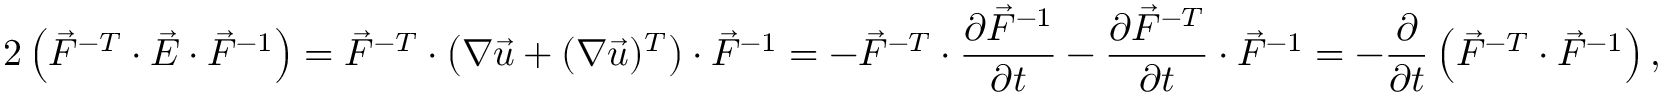
2 \left( \vec { F } ^ { - T } \cdot \vec { E } \cdot \vec { F } ^ { - 1 } \right) = \vec { F } ^ { - T } \cdot \left( \boldsymbol { \nabla } \vec { u } + ( \boldsymbol { \nabla } \vec { u } ) ^ { T } \right) \cdot \vec { F } ^ { - 1 } = - \vec { F } ^ { - T } \cdot \frac { \partial \vec { F } ^ { - 1 } } { \partial t } - \frac { \partial \vec { F } ^ { - T } } { \partial t } \cdot \vec { F } ^ { - 1 } = - \frac { \partial } { \partial t } \left( \vec { F } ^ { - T } \cdot \vec { F } ^ { - 1 } \right) ,